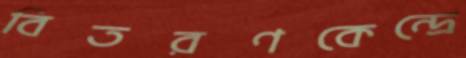
বিতরণকেন্দ্রে